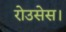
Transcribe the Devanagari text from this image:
रोउसेस।